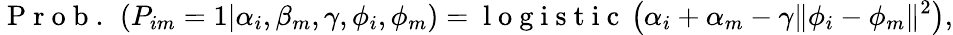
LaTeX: \mathrm{~P~r~o~b~.~}\left(P_{im}=1|\alpha_{i},\beta_{m},\gamma,\phi_{i},\phi_{m}\right)=\mathrm{~l~o~g~i~s~t~i~c~}\left(\alpha_{i}+\alpha_{m}-\gamma\| \phi_{i}-\phi_{m}\| ^{2}\right),